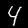
Digit: 4